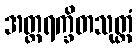
အတ္တရက္ခိတသုတ္တံ